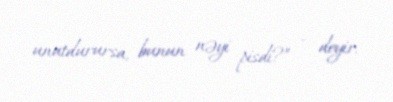
unutdurursa, bunun nəyi pisdi?” - deyir.